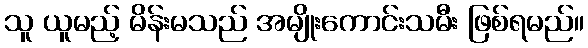
သူ ယူမည့် မိန်းမသည် အမျိုးကောင်းသမီး ဖြစ်ရမည်။